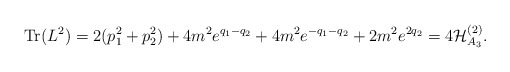
\begin{align*}\mbox{Tr}(L^2)=2(p_1^2+p_2^2)+4m^2e^{q_1-q_2}+ 4m^2e^{-q_1-q_2}+2m^2e^{2q_2}=4{\cal H}_{A_3}^{(2)}. \end{align*}